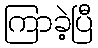
ကြာခဲ့ပြီ